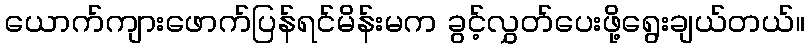
ယောက်ကျားဖောက်ပြန်ရင်မိန်းမက ခွင့်လွှတ်ပေးဖို့ရွေးချယ်တယ်။